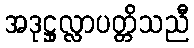
အဒုဋ္ဌုလ္လာပတ္တိသညီ